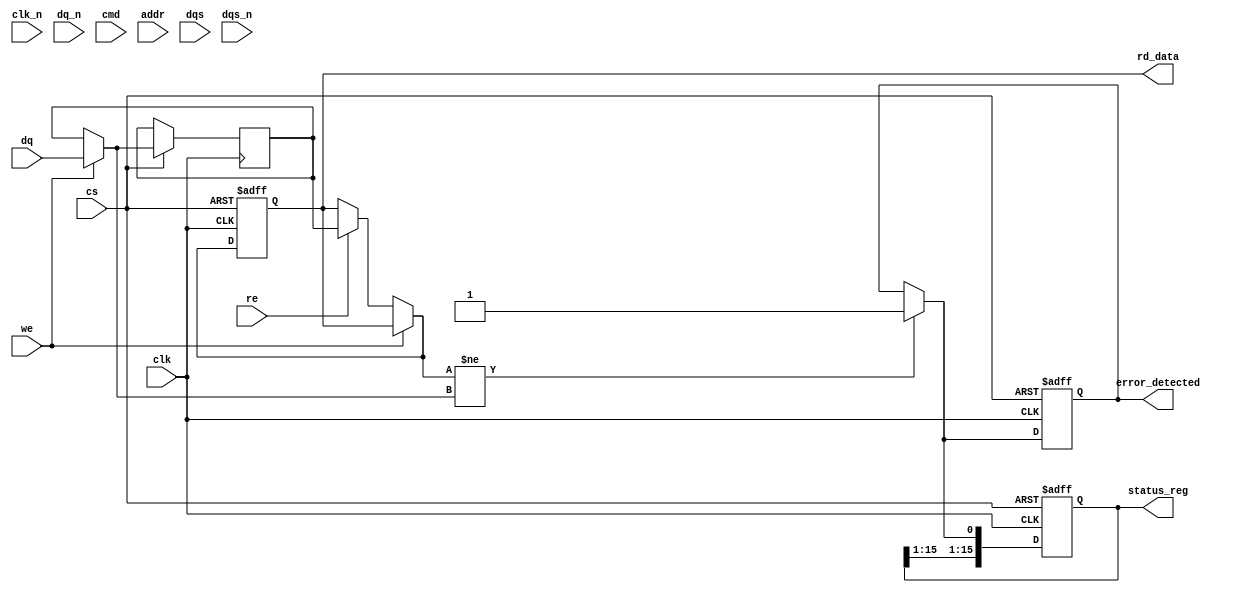
module gddr6_io_block #(
    parameter DATA_WIDTH = 32,               // Can be 16, 32, or 64 bits
    parameter CLK_FREQ = 1600,                // Clock frequency in MHz
    parameter VDD = 1.35,                      // Supply voltage in volts
    parameter VIO = 0.6                        // I/O voltage in volts
)(
    input wire clk,                           // Differential clock
    input wire clk_n,                         // Inverted differential clock
    input wire [DATA_WIDTH-1:0] dq,          // Data signals
    input wire [DATA_WIDTH-1:0] dq_n,        // Inverted data signals
    input wire cmd,                           // Command signal
    input wire [15:0] addr,                   // Address signals 
    input wire cs,                            // Chip Select
    input wire we,                            // Write Enable
    input wire re,                            // Read Enable
    input wire dqs,                           // Data Strobe
    input wire dqs_n,                         // Inverted Data Strobe
    output reg [DATA_WIDTH-1:0] rd_data,     // Read data output
    output reg error_detected,                // Error detection flag
    output reg [15:0] status_reg              // Status register
);

    // Internal signals for error detection and control
    reg [DATA_WIDTH-1:0] wr_data;
    reg [2:0] power_state; // Power management state
    reg [3:0] training_seq; // Training sequence for calibration

    // Initial block for reset and initialization
    initial begin
        power_state = 3'b001; // Start in normal mode
        error_detected = 0;
        status_reg = 0;
        training_seq = 0;
        rd_data = 0;
    end
    
    // Control logic for read/write operations
    always @(posedge clk or negedge cs) begin
        if (!cs) begin
            // Chip select falling edge - reset operations
            rd_data = 0;
            error_detected = 0;
            status_reg = 0;
        end else begin
            if (we) begin
                // Write operation
                wr_data = dq; // Capture data on write enable
                // Additional write logic...
            end else if (re) begin
                // Read operation
                rd_data = wr_data; // For example purposes, loop back
                // Additional read logic...
            end
            
            // Example error detection logic (dummy condition)
            if (rd_data != wr_data) begin
                error_detected = 1;
            end
            
            // Update status register (dummy implementation)
            status_reg[0] = error_detected;
        end
    end
    
    // Power management logic for DVFS (dynamic voltage and frequency scaling)
    always @(power_state) begin
        case (power_state)
            3'b001: begin
                // Normal operation
                // Activate clocks, I/O, etc.
            end
            3'b010: begin
                // Low power state
                // Reduce clock frequency, etc.
            end
            // Additional power states can be handled here...
        endcase
    end

    // Example always block for training sequence
    always @(posedge clk) begin
        if (power_state == 3'b001) begin
            // Implement training sequence (dummy logic)
            training_seq <= training_seq + 1; // Increment sequence
        end
    end

endmodule